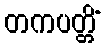
တကပတ္တိံ